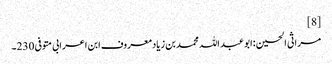
[8]
مراثی الحسین :ابو عبد اللہ محمد بن زیادمعروف ابن اعرابی متوفی 230۔